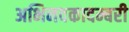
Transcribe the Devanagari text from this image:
अभिनवकादम्बरी